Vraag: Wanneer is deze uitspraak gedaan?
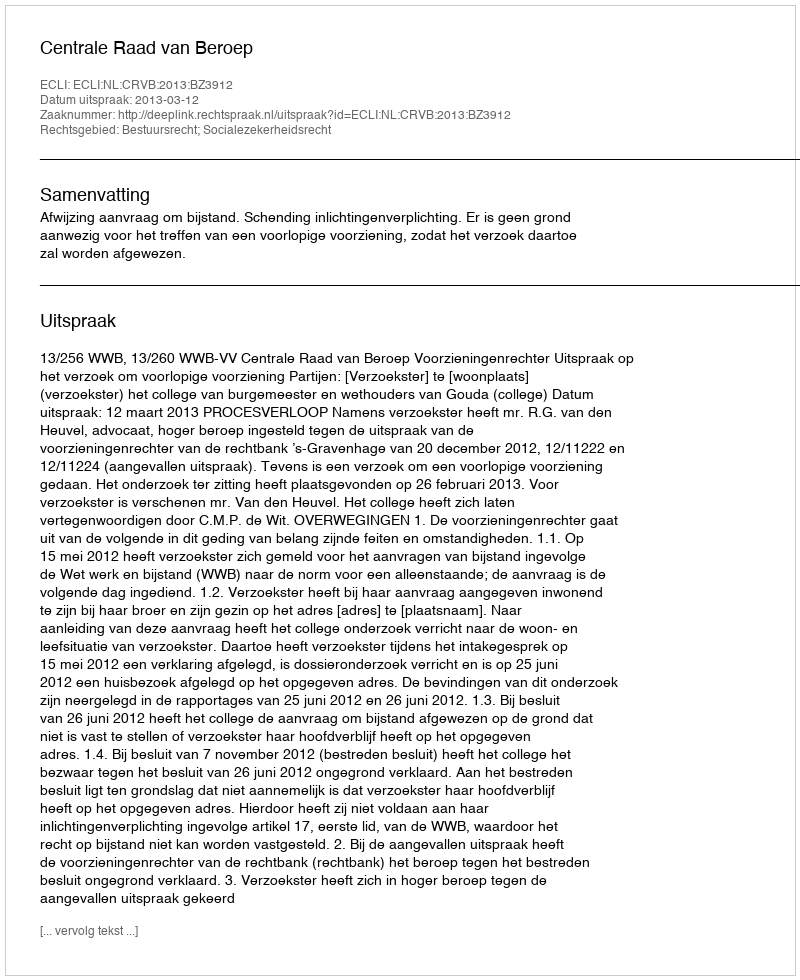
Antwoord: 2013-03-12